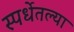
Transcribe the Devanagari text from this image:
स्पर्धेतल्या